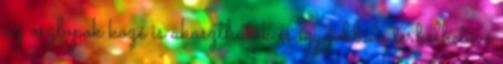
az oszlopok közé is akaszthatók és így jobban terhelhetővé